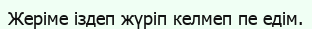
Жеріме іздеп жүріп келмеп пе едім.